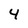
Character: 4